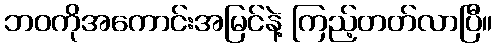
ဘဝကိုအကောင်းအမြင်နဲ့ ကြည့်တတ်လာပြီ။